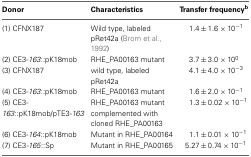
<table><thead><tr><td><b>Donor</b></td><td><b>Characteristics</b></td><td><b>Transfer frequency<sup>b</sup></b></td></tr></thead><tbody><tr><td>(1) CFNX187</td><td>Wild type, labeled pRet42a (Brom et al., 1992)</td><td>1.4, 1.6 × 10<sup>−1</sup></td></tr><tr><td>(2) CE3-<i>163</i>::pK18mob</td><td>RHE_PA00163 mutant</td><td>3.7, 3.0 × 10<sup>0</sup></td></tr><tr><td>(3) CFNX187</td><td>wild type, labeled pRet42a</td><td>4.1, 4.0 × 10<sup>−3</sup></td></tr><tr><td>(4) CE3-<i>163</i>::pK18mob</td><td>RHE_PA00163 mutant</td><td>1.6, 2.0 × 10<sup>−1</sup></td></tr><tr><td>(5) CE3-<i>163</i>::pK18mob/pTE3-<i>163</i></td><td>RHE_PA00163 mutant complemented with cloned RHE_PA00163</td><td>1.3, 0.02 × 10<sup>−1</sup></td></tr><tr><td>(6) CE3-<i>164</i>::pK18mob</td><td>Mutant in RHE_PA00164</td><td>1.1, 0.01 × 10<sup>−1</sup></td></tr><tr><td>(7) CE3-<i>165</i>::Sp</td><td>Mutant in RHE_PA00165</td><td>5.27, 0.74 × 10<sup>−1</sup></td></tr></tbody></table>